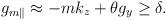
LaTeX: \begin{align*} g_{m\parallel }\approx-mk_{z}+\theta g_{y}\geq \delta .\end{align*}